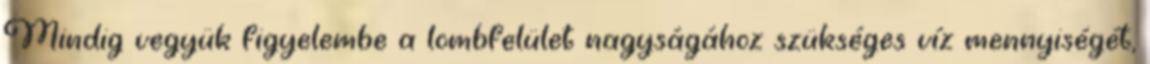
Mindig vegyük figyelembe a lombfelület nagyságához szükséges víz mennyiségét,